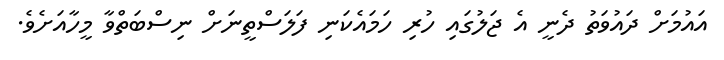
އައުމަށް ދައުވަތު ދެނީ އެ ޖަލުގައި ހުރި ހަމައެކަނި ފަލަސްތީނަށް ނިސްބަތްވާ މީހާއަށެވެ.